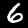
Digit: 6